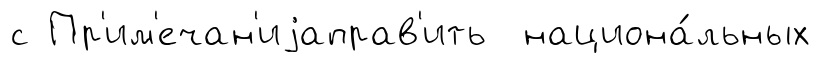
с Пр'им'ечан'иjаправ'ить национа́льных